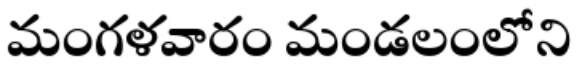
మంగళవారం మండలంలోని